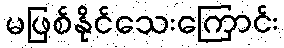
မဖြစ်နိုင်သေးကြောင်း